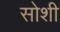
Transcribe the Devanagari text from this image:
सोशी